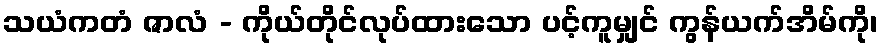
သယံကတံ ဇာလံ - ကိုယ်တိုင်လုပ်ထားသော ပင့်ကူမျှင် ကွန်ယက်အိမ်ကို၊